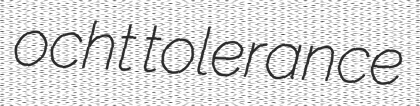
ocht tolerance